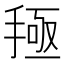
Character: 𰔅